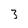
Character: 3